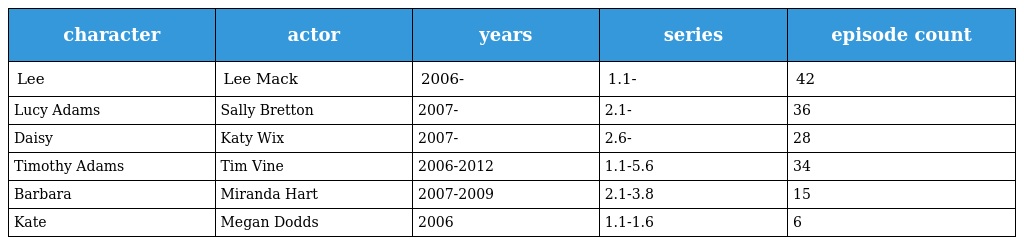
| character | actor | years | series | episode count |
 | --- | --- | --- | --- | --- |
 | Lee | Lee Mack | 2006- | 1.1- | 42 |
 | Lucy Adams | Sally Bretton | 2007- | 2.1- | 36 |
 | Daisy | Katy Wix | 2007- | 2.6- | 28 |
 | Timothy Adams | Tim Vine | 2006-2012 | 1.1-5.6 | 34 |
 | Barbara | Miranda Hart | 2007-2009 | 2.1-3.8 | 15 |
 | Kate | Megan Dodds | 2006 | 1.1-1.6 | 6 |